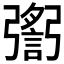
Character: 𢐬